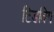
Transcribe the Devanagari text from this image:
टिडविग